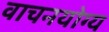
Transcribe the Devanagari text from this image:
वाचनयोग्य